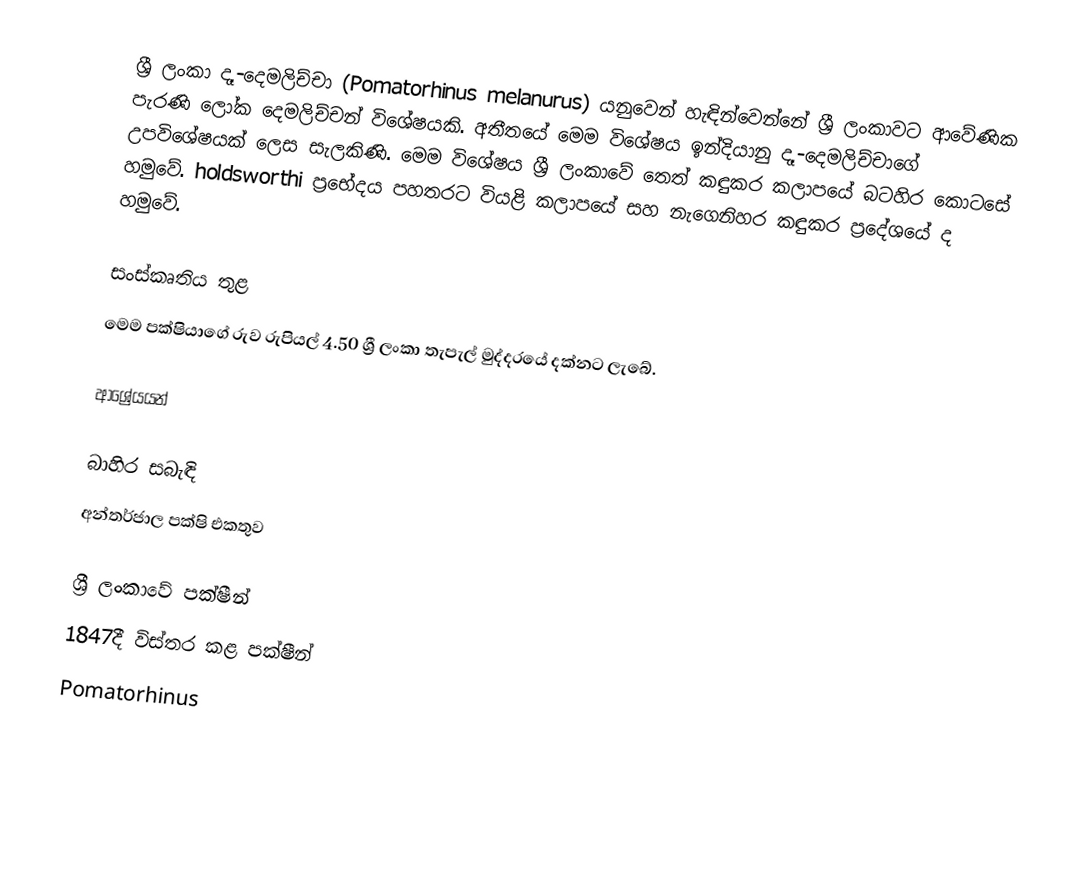
ශ්‍රී ලංකා ‍දෑ-දෙමලිච්චා (Pomatorhinus melanurus) යනුවෙන් හැඳින්වෙන්නේ ශ්‍රී ලංකාවට ආවේණික පැරණි ලෝක දෙමලිච්චන් විශේෂයකි. අතීතයේ මෙම විශේෂය ඉන්දියානු දෑ-දෙමලිච්චාගේ උපවිශේෂයක් ලෙස සැලකිණි. මෙම විශේෂය ශ්‍රී ලංකාවේ තෙත් කඳුකර කලාපයේ බටහිර කොටසේ හමුවේ. holdsworthi ප්‍රභේදය පහතරට වියළි කලාපයේ සහ නැගෙනිහර කඳුකර ප්‍රදේශයේ ද හමුවේ.

සංස්කෘතිය තුළ
මෙම පක්ෂියාගේ රුව රුපියල් 4.50 ශ්‍රී ලංකා තැපැල් මුද්දරයේ දක්නට ලැබේ.

ආශ්‍රේයයන්

බාහිර සබැඳි
 අන්තර්ජාල පක්ෂි එකතුව

ශ්‍රී ලංකාවේ පක්ෂීන්
1847දී විස්තර කළ පක්ෂීන්
Pomatorhinus